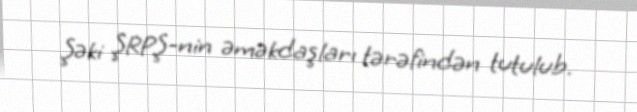
Şəki ŞRPŞ-nin əməkdaşları tərəfindən tutulub.